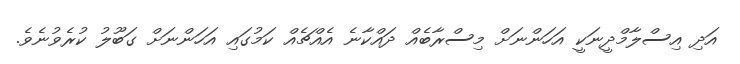
އަދި އިސްލާމްދީނަކީ އަހަންނަށް މިސްރާބެއް ދައްކާނެ އެއްޗެއް ކަމުގައި އަހަންނަށް ގަބޫލު ކުރެވުނެވެ.